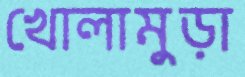
খোলামুড়া